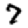
Digit: 7